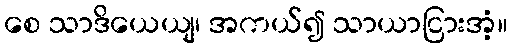
စေ သာဒိယေယျ၊ အကယ်၍ သာယာငြားအံ့။